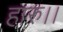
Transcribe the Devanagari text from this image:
हारु।।